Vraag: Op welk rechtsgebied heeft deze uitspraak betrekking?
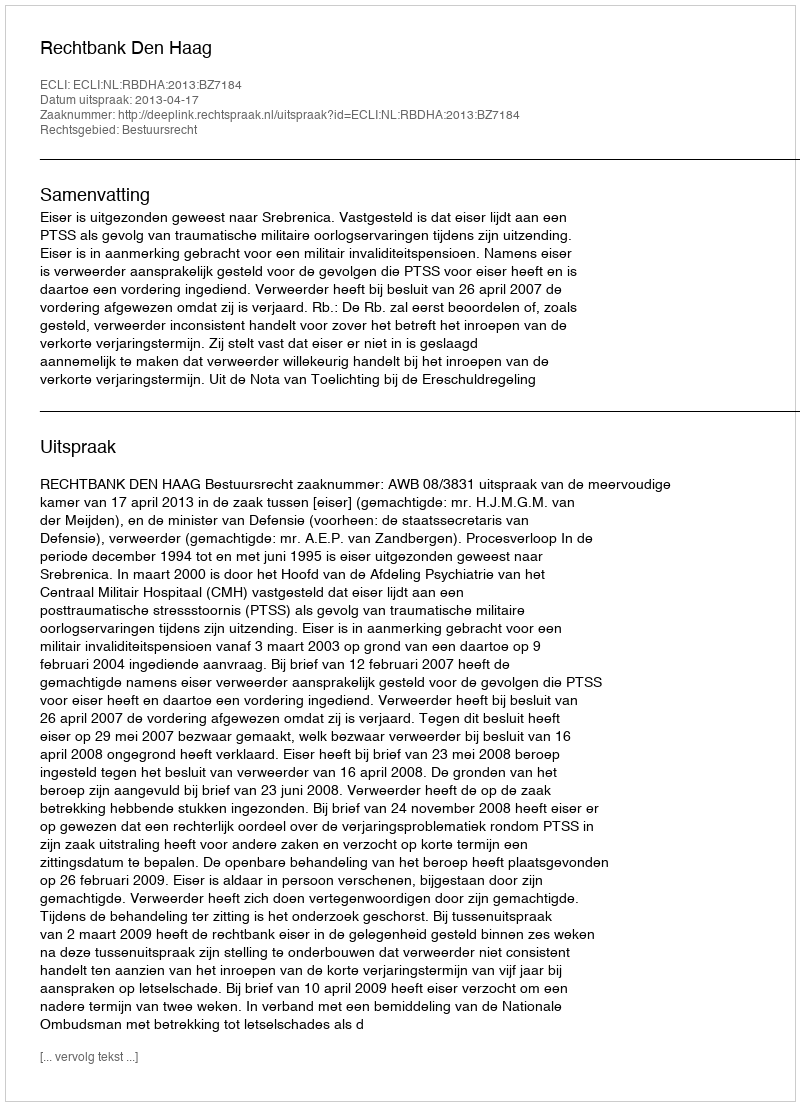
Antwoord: Bestuursrecht